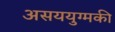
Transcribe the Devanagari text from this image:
असययुग्मकी